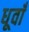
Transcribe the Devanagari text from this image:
धूवाँ